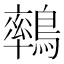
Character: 𪅄